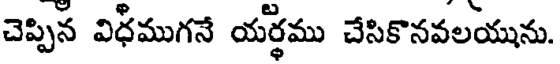
చెప్పిన విధముగనే యర్థము చేసికొనవలయును.